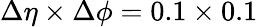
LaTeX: \Delta\eta\times\Delta\phi=0.1\times 0.1